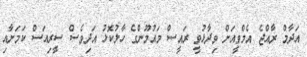
އަދާމް ރާއްޖެ އެމްވީއަށް ވިދާޅުވީ ރައީސް މައުމޫންގެ ހާލުކޮޅު އަދިވެސް ސީރިއަސް ކަމަށާއި